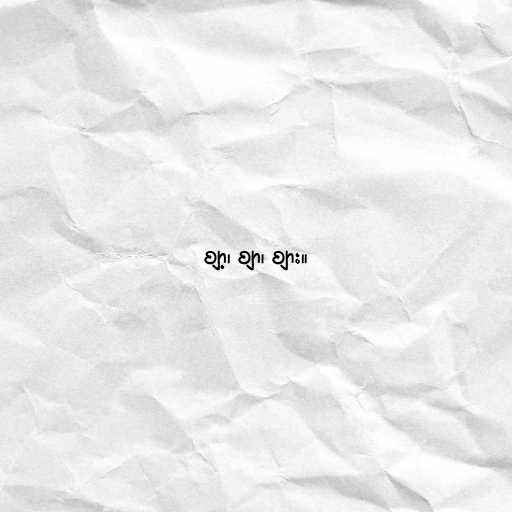
ဈာ့၊ ဈာ၊ ဈား။